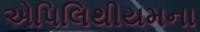
એપિલિથીયમના